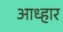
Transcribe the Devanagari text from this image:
आध्हार